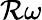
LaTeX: \mathcal{R}\omega